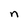
Character: n